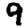
Digit: 9